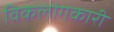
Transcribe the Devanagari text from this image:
विकलांगकारी